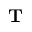
\mathbf { T }